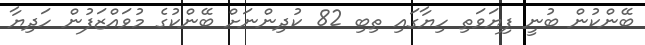
ބޭންކުން ބުނީ ފިޔަވަތި ހިޔާގައި ތިބި 82 ކުދިންނަށް ބޭންކުގެ މުވައްޒަފުން ހަދިޔާ